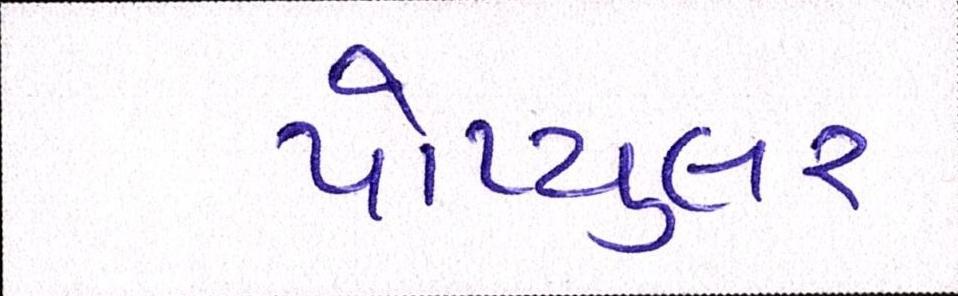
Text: પોપ્યુલર